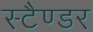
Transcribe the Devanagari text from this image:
स्टैण्डर